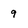
Character: 9